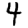
Digit: 4